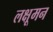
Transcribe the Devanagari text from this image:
लक्षूमन